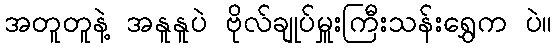
အတူတူနဲ့ အနူနူပဲ ဗိုလ်ချုပ်မှူးကြီးသန်းရွှေက ပဲ။